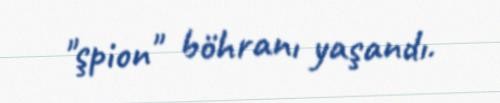
"şpion" böhranı yaşandı.